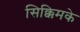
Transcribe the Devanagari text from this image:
सिक्किमके